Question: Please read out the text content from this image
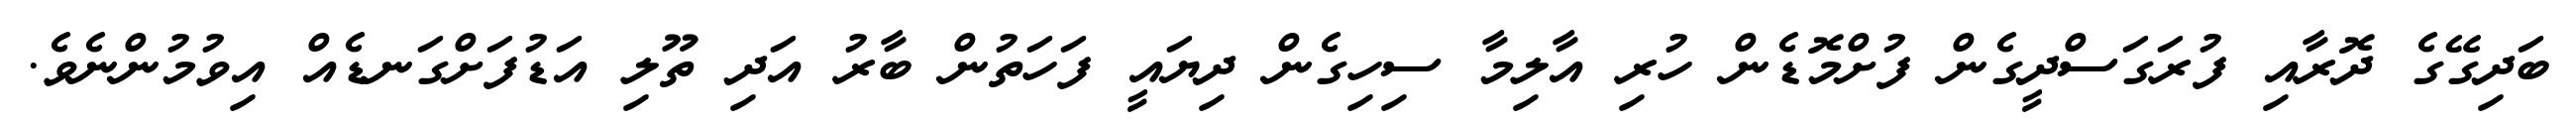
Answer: ބަދިގޭގެ ދޮރާއި ފުރަގަސްދީގެން ފުށްމޮޑެން ހުރި އާލިމާ ސިހިގެން ދިޔައީ ފަހަތުން ބާރު އަދި ތޫލި އަޑުފަށްގަނޑެއް އިވުމުންނެވެ.